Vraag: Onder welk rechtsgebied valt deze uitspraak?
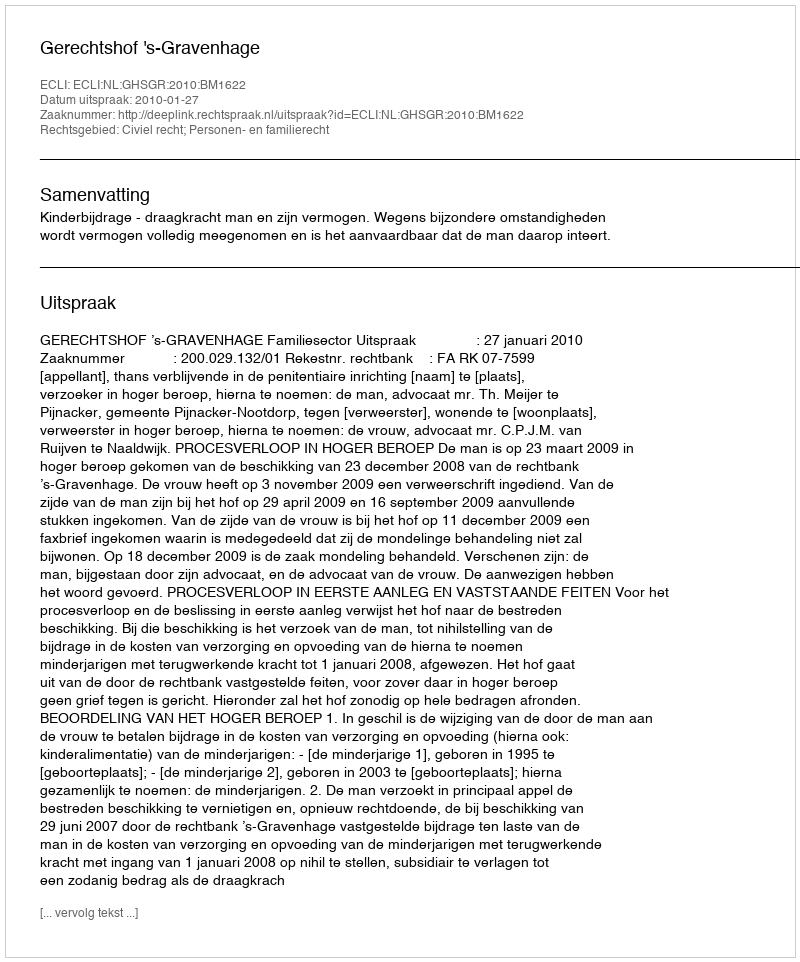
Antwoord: Civiel recht; Personen- en familierecht